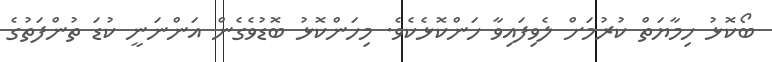
ބޯކޮޅު ހިމާޔަތް ކުރުމަށް ލެވިފައިވާ ހަންކޮޅެކެވެ. މިހަންކޮޅު ބޮޑުވެގެން އަންނަނީ ކުޑަ ތުންފަތުގެ